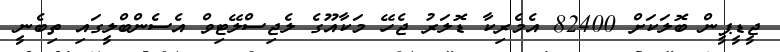
ޖީޑީޕީން ބޮލަކަށް 82400 އެމެރިކާ ޑޮލަރު ޖެހޭ މަކާއޫގެ ލެޖިސްލޭޓިވް އެސެންބްލީގައި ތިބެނީ